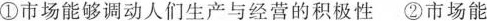
①市场能够调动人们生产与经营的积极性 ②市场能